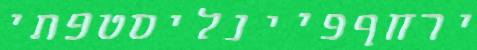
ירחףפיינליסטפתי